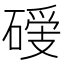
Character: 𥔺